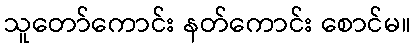
သူတော်ကောင်း နတ်ကောင်း စောင်မ။